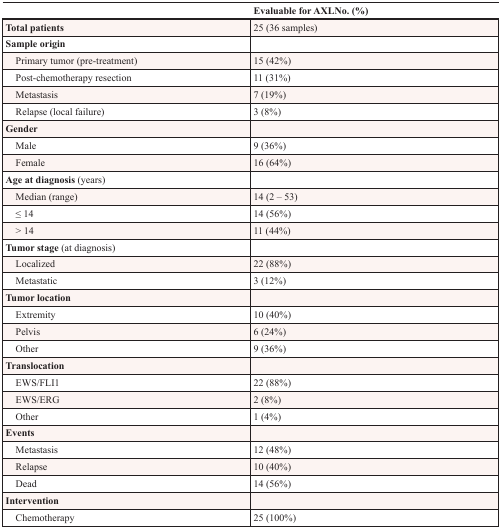
<table><thead><tr><td></td><td><b>Evaluable for AXLNo. (%)</b></td></tr></thead><tbody><tr><td><b>Total patients</b></td><td>25 (36 samples)</td></tr><tr><td><b>Sample origin</b></td><td></td></tr><tr><td> Primary tumor (pre-treatment)</td><td>15 (42%)</td></tr><tr><td> Post-chemotherapy resection</td><td>11 (31%)</td></tr><tr><td> Metastasis</td><td>7 (19%)</td></tr><tr><td> Relapse (local failure)</td><td>3 (8%)</td></tr><tr><td><b>Gender</b></td><td></td></tr><tr><td> Male</td><td>9 (36%)</td></tr><tr><td> Female</td><td>16 (64%)</td></tr><tr><td><b>Age at diagnosis</b> (years)</td><td></td></tr><tr><td> Median (range)</td><td>14 (2 – 53)</td></tr><tr><td> ≤ 14</td><td>14 (56%)</td></tr><tr><td> &gt; 14</td><td>11 (44%)</td></tr><tr><td><b>Tumor stage</b> (at diagnosis)</td><td></td></tr><tr><td> Localized</td><td>22 (88%)</td></tr><tr><td> Metastatic</td><td>3 (12%)</td></tr><tr><td><b>Tumor location</b></td><td></td></tr><tr><td> Extremity</td><td>10 (40%)</td></tr><tr><td> Pelvis</td><td>6 (24%)</td></tr><tr><td> Other</td><td>9 (36%)</td></tr><tr><td><b>Translocation</b></td><td></td></tr><tr><td> EWS/FLI1</td><td>22 (88%)</td></tr><tr><td> EWS/ERG</td><td>2 (8%)</td></tr><tr><td> Other</td><td>1 (4%)</td></tr><tr><td><b>Events</b></td><td></td></tr><tr><td> Metastasis</td><td>12 (48%)</td></tr><tr><td> Relapse</td><td>10 (40%)</td></tr><tr><td> Dead</td><td>14 (56%)</td></tr><tr><td><b>Intervention</b></td><td></td></tr><tr><td> Chemotherapy</td><td>25 (100%)</td></tr></tbody></table>